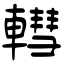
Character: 轊